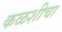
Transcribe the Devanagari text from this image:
कळशीचा